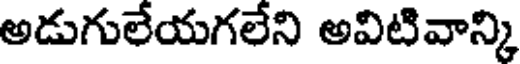
అడుగులేయగలేని అవిటివాన్కి